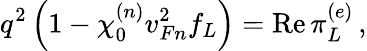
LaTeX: q^{2}\left(1-\chi_{0}^{(n)}v_{Fn}^{2}f_{L}\right)=\mathrm{Re}\, \pi_{L}^{(e)}\, ,